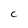
Character: c